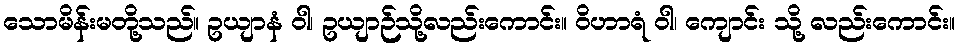
သောမိန်းမတို့သည်။ ဥယျာနံ ဝါ၊ ဥယျာဉ်သို့လည်းကောင်း။ ဝိဟာရံ ဝါ၊ ကျောင်း သို့ လည်းကောင်း။